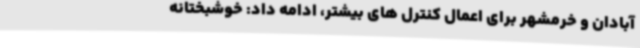
آبادان و خرمشهر برای اعمال کنترل های بیشتر، ادامه داد: خوشبختانه